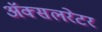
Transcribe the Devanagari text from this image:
ॲक्सलरेटर